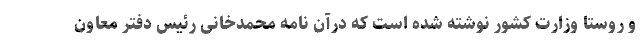
و روستا وزارت کشور نوشته شده است که درآن نامه محمدخانی رئیس دفتر معاون